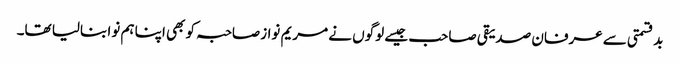
بدقسمتی سے عرفان صدیقی صاحب جیسے لوگوں نے مریم نوازصاحبہ کو بھی اپنا ہم نوا بنالیا تھا۔